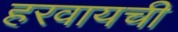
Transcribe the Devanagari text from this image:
हरवायची